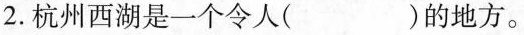
2.杭州西湖是一个令人( )的地方。